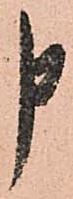
申